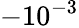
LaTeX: -10^{-3}